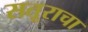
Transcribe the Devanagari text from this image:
सतूराचा